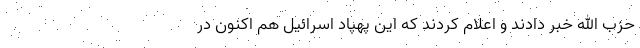
حزب الله خبر دادند و اعلام کردند که این پهپاد اسرائیل هم اکنون در